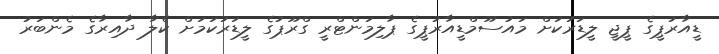
ޑީއާރުޕީގެ ޕީޖީ ލީޑަރަކަށް މައުސޫމްޑީއާރުޕީގެ ޕާލިމަންޓްރީ ގްރޫޕުގެ ލީޑަރުކަމަށް ކެލާ ދާއިރާގެ މެންބަރު